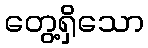
တွေ့ရှိသော